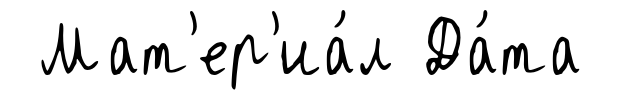
Мат'ер'иа́л Да́та